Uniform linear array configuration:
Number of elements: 8
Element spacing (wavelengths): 0.25
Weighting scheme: binomial
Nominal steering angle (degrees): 30
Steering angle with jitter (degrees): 31.881
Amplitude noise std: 0.05
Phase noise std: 0.05

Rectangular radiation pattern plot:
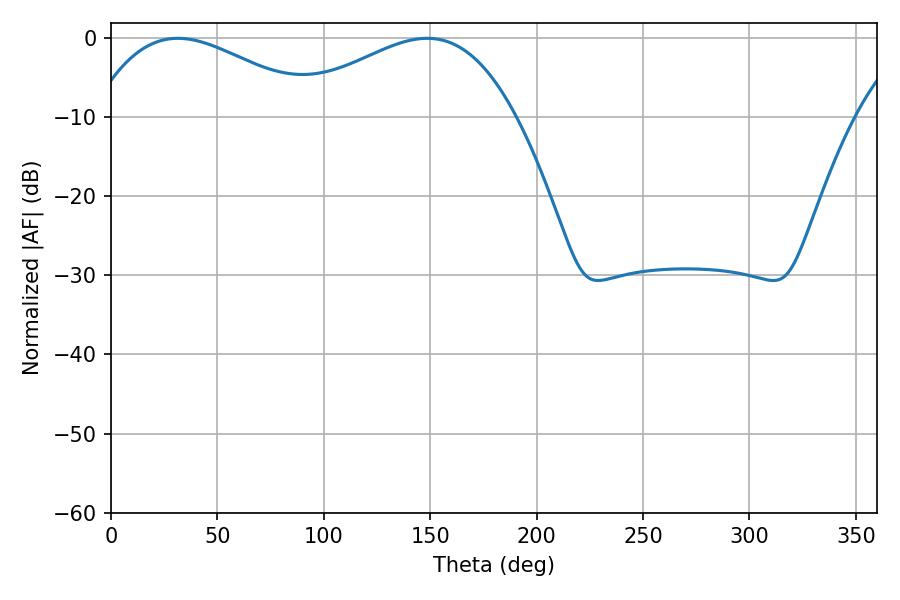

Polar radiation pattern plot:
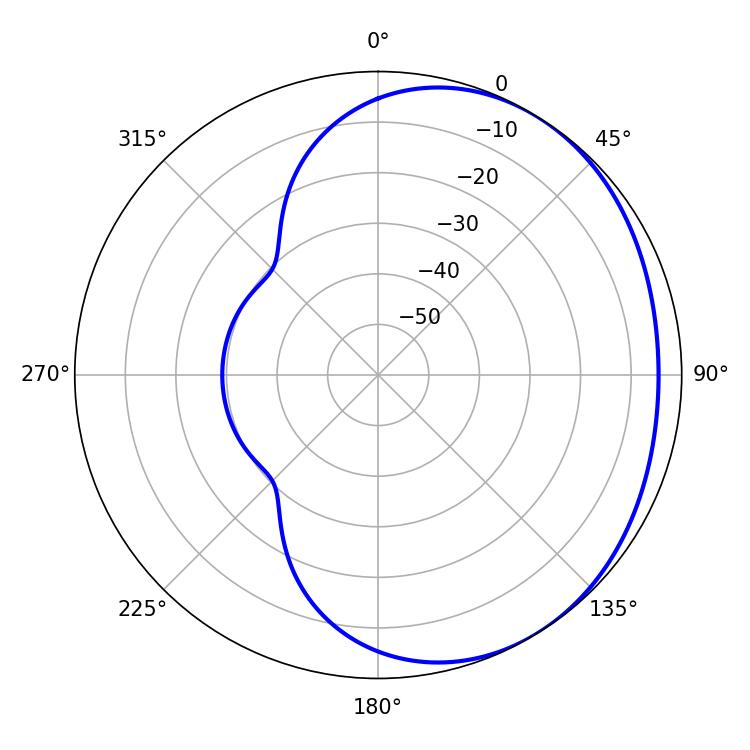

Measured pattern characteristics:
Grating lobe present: FALSE
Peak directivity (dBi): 2.116
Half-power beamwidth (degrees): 58.32
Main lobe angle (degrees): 31.32